Vaccination Hyderabad 1872-1889 - 1872-1889
Year: 1872
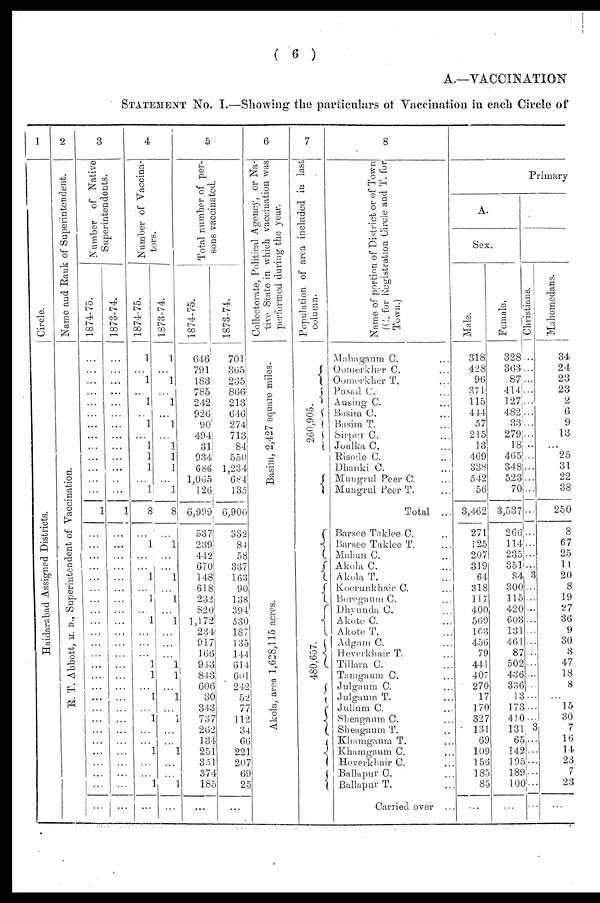
( 6 )
A.—VACCINATION
STATEMENT No. I.—Showing the particulars of Vaccination in each Circle of
1
Circle.
Haidarabad Assigned Districts.
2
Name and Rank of Superintendent.
R. T. Abbott, M. D., Superintendent of Vaccination.
3
Number of Native
Superintendents.
1874-75.
...
...
...
...
...
...
...
...
...
...
...
...
...
1
...
...
...
...
...
...
...
...
...
...
...
...
...
...
...
...
...
...
...
...
...
...
...
...
...
1873-74.
...
...
...
...
...
...
...
...
...
...
...
...
...
1
...
...
...
...
...
...
...
...
...
...
...
...
...
...
...
...
...
...
...
...
...
...
...
...
...
4
Number of Vaccina¬
tors.
1874-75.
1
...
1
...
1
...
1
...
1
1
1
...
1
8
...
1
...
...
1
...
1
...
1
...
...
...
1
1
...
1
...
1
...
...
1
...
...
1
...
1873-74.
1
...
1
...
1
...
1
...
1
1
1
...
1
8
...
1
...
...
1
...
1
...
1
...
...
...
1
1
...
1
...
1
...
...
1
...
...
1
...
5
Total number of per-
sons vaccinated.
1874-75.
646
791
183
785
242
926
90
494
31
934
686
1,065
126
6,999
537
239
442
670
148
618
232
820
1,172
234
917
166
943
843
606
30
343
737
262
134
251
351
374
185
...
1873-74.
701
365
235
866
213
646
274
713
84
550
1,234
684
135
6,900
332
84
58
337
163
90
138
394
530
187
135
144
614
601
242
52
77
112
34
66
221
207
69
25
...
6
Collectorate, Political Agency, or Na-
tive State in which vaccination was
performed during the year.
Basim, 2,427 square miles.
Akola, area 1,628,115 acres.
7
Population of area included in last
column.
260,905.
480,657.
8
Name of portion of District or of Town
(C. for Registration Circle and T. for
Town.)
Mahagaum C. ...
Oomerkher C. ...
Oomerkher T. ...
Pusad C. ...
Ausing C. ...
Basim C. ...
Basim T. ...
Sirpur C. ...
Joulka C. ...
Risode C. ...
Dhanki C. ...
Mungrul Peer C. ...
Mungrul Peer T. ...
Total ...
Barsee Taklee C. ...
Barsee Taklee T. ...
Mahan C. ...
Akola C. ...
Akola T. ...
Koorunkhair C. ...
Boregaum C. ...
Dhvunda C. ...
Akote C. ...
Akote T. ...
Adgam C. ...
Heverkhair T. ...
Tillara C. ...
Tamgaum C. ...
Julgaum C. ...
Julgaum T. ...
Jullum C. ...
Shengaum C. ...
Sheagaum T. ...
Khamgaum T. ...
Khamgaum C. ...
Heverkhair C. ...
Ba11apur C. ...
Ballapur T. ...
Carried over ...
Primary
A.
Sex.
Male.
318
428
96
371
115
444
57
215
13
469
338
542
56
3,462
271
125
207
319
64
318
117
400
569
103
456
79
441
407
270
17
170
327
131
69
109
156
185
85
...
Female.
328
363
87
414
127
482
33
279
18
465
348
523
70
3,537
266
114
235
351
84
300
115
420
603
131
461
87
502
436
336
13
173
410
131
65
142
195
189
100
...
Christians.
...
...
...
...
...
...
...
...
...
...
...
...
...
...
...
...
...
...
3
...
...
...
...
...
...
...
...
...
...
...
...
...
3
...
...
...
...
...
...
Mahomedans.
34
24
23
23
2
6
9
13
...
25
31
22
38
250
8
67
25
11
20
8
19
27
36
9
30
8
47
18
8
...
15
30
7
16
14
23
7
23
...